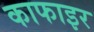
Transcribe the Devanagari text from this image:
काफाइर